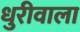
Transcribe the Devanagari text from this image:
धुरीवाला